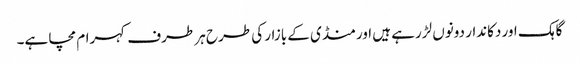
گاہک اور دکاندار دونوں لڑرہے ہیں اور منڈی کے بازار کی طرح ہر طرف کہرام مچا ہے۔